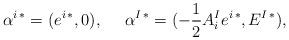
\begin{align*}\alpha^{i\,*}=(e^{i\,*},0), \ \ \ \ \alpha^{I\,*}=(-{1\over 2}A^I_ie^{i\,*},E^{I\,*}),\end{align*}